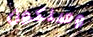
وسنكون